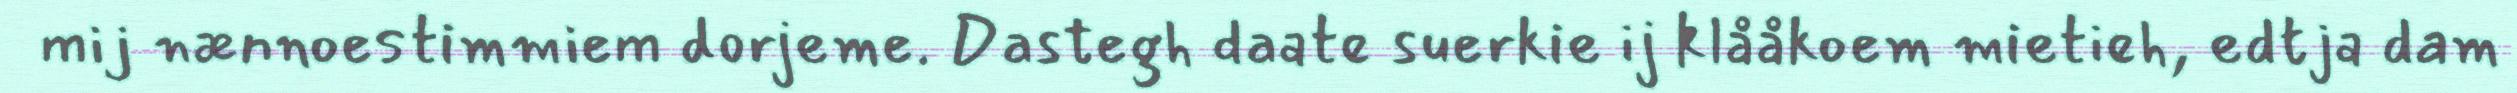
mij nænnoestimmiem dorjeme. Dastegh daate suerkie ij klååkoem mietieh, edtja dam